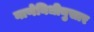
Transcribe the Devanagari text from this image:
नाणेनिधीनुसार